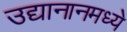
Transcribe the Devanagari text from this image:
उद्यानानमध्ये